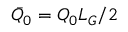
\bar { Q } _ { 0 } = Q _ { 0 } L _ { G } / 2